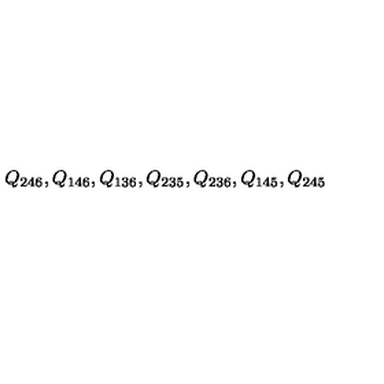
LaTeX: Q _ { 2 4 6 } , Q _ { 1 4 6 } , Q _ { 1 3 6 } , Q _ { 2 3 5 } , Q _ { 2 3 6 } , Q _ { 1 4 5 } , Q _ { 2 4 5 }